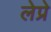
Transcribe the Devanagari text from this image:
लेप्रे